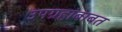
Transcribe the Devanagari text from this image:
उपग्रहांबाबत